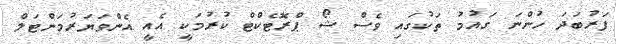
ފަރުބަދަ ހުންނަ ގައުމު ތަކުގައި ވެސް ޝޯ ޕްރޮޓެކްޓް ކުރުމަކީ އެއީ އެންވަޔަރުމަންޓަލް